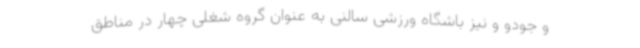
و جودو و نیز باشگاه ورزشی سالنی به عنوان گروه شغلی چهار در مناطق